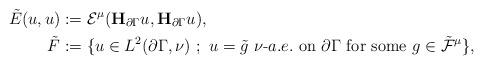
LaTeX: \begin{align*}\tilde{E}(u,u)&:={\cal E}^{\mu}(\mathbf{H}_{\partial\Gamma}u,\mathbf{H}_{\partial\Gamma}u),\\\tilde{F}&:=\{u\in L^2(\partial\Gamma,\nu)\ ;\ u=\tilde{g}\ \nu\mathchar`-a.e.\ {\rm on}\ \partial\Gamma\ {\rm for\ some}\ g\in\tilde{\cal F}^{\mu}\},\end{align*}